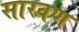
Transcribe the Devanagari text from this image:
सारवण